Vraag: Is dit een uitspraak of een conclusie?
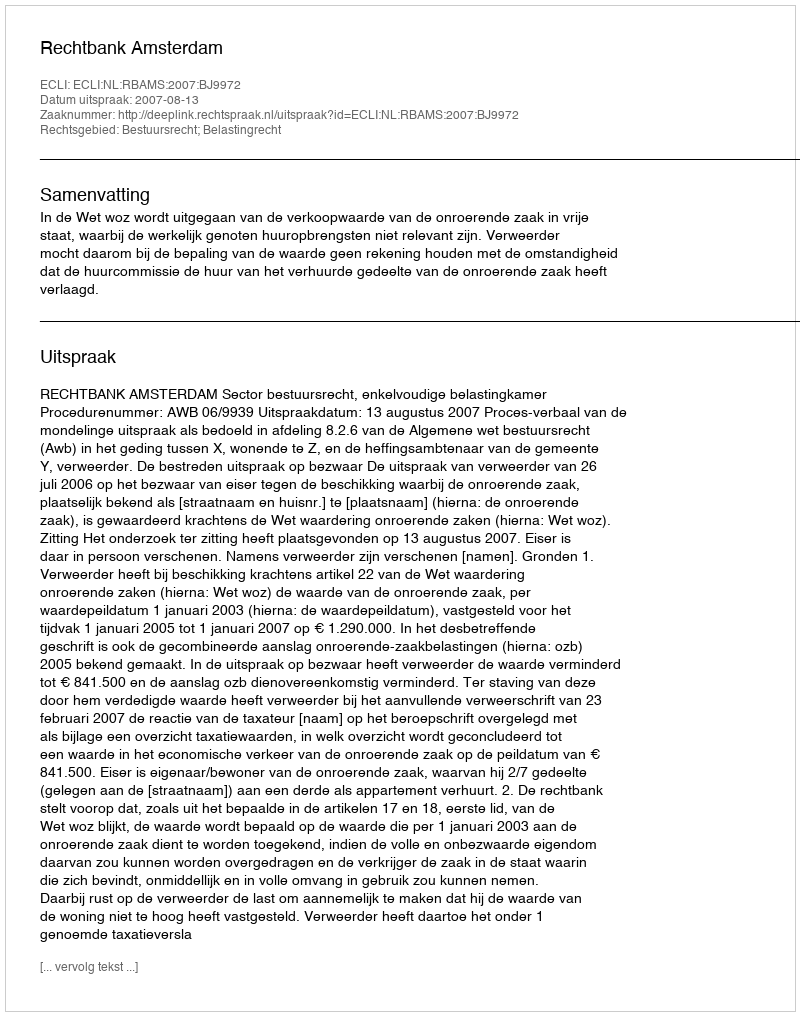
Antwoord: Uitspraak